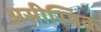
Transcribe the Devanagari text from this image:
असीस्मिक